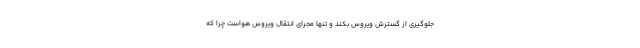
جلوگیری از گسترش ویروس بکند و تنها مجرای انتقال ویروس هواست چرا که